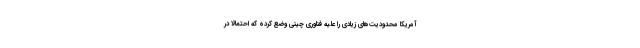
آمریکا محدودیت‌های زیادی را علیه فناوری چینی وضع کرده که احتمالا در